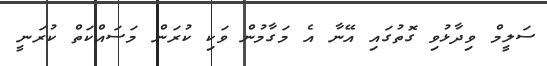
ސަލީމް ވިދާޅުވި ގޮތުގައި އޭނާ އެ މަގާމުން ވަކި ކުރަން މަސައްކަތް ކުރަނީ